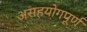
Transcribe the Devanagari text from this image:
असहयोगपूर्ण